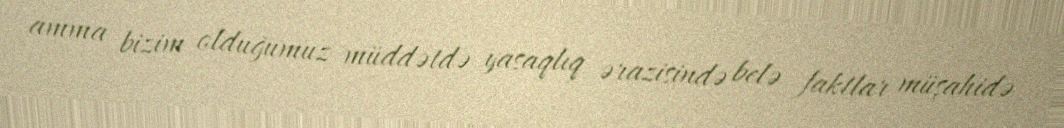
amma bizim olduğumuz müddətdə yasaqlıq ərazisində belə faktlar müşahidə